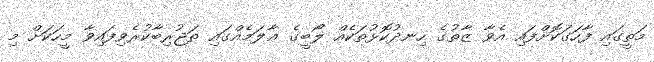
މަތީގައި ފާހަގަކޮށްފައި އެވާ ޒާތުގެ ހިނދުކޮޅުތަކެއް ލޯބީގެ ޢާލަމެއްގައި ތަޖުރިބާކުރެވިފައިވާ މީހަކަށް މި